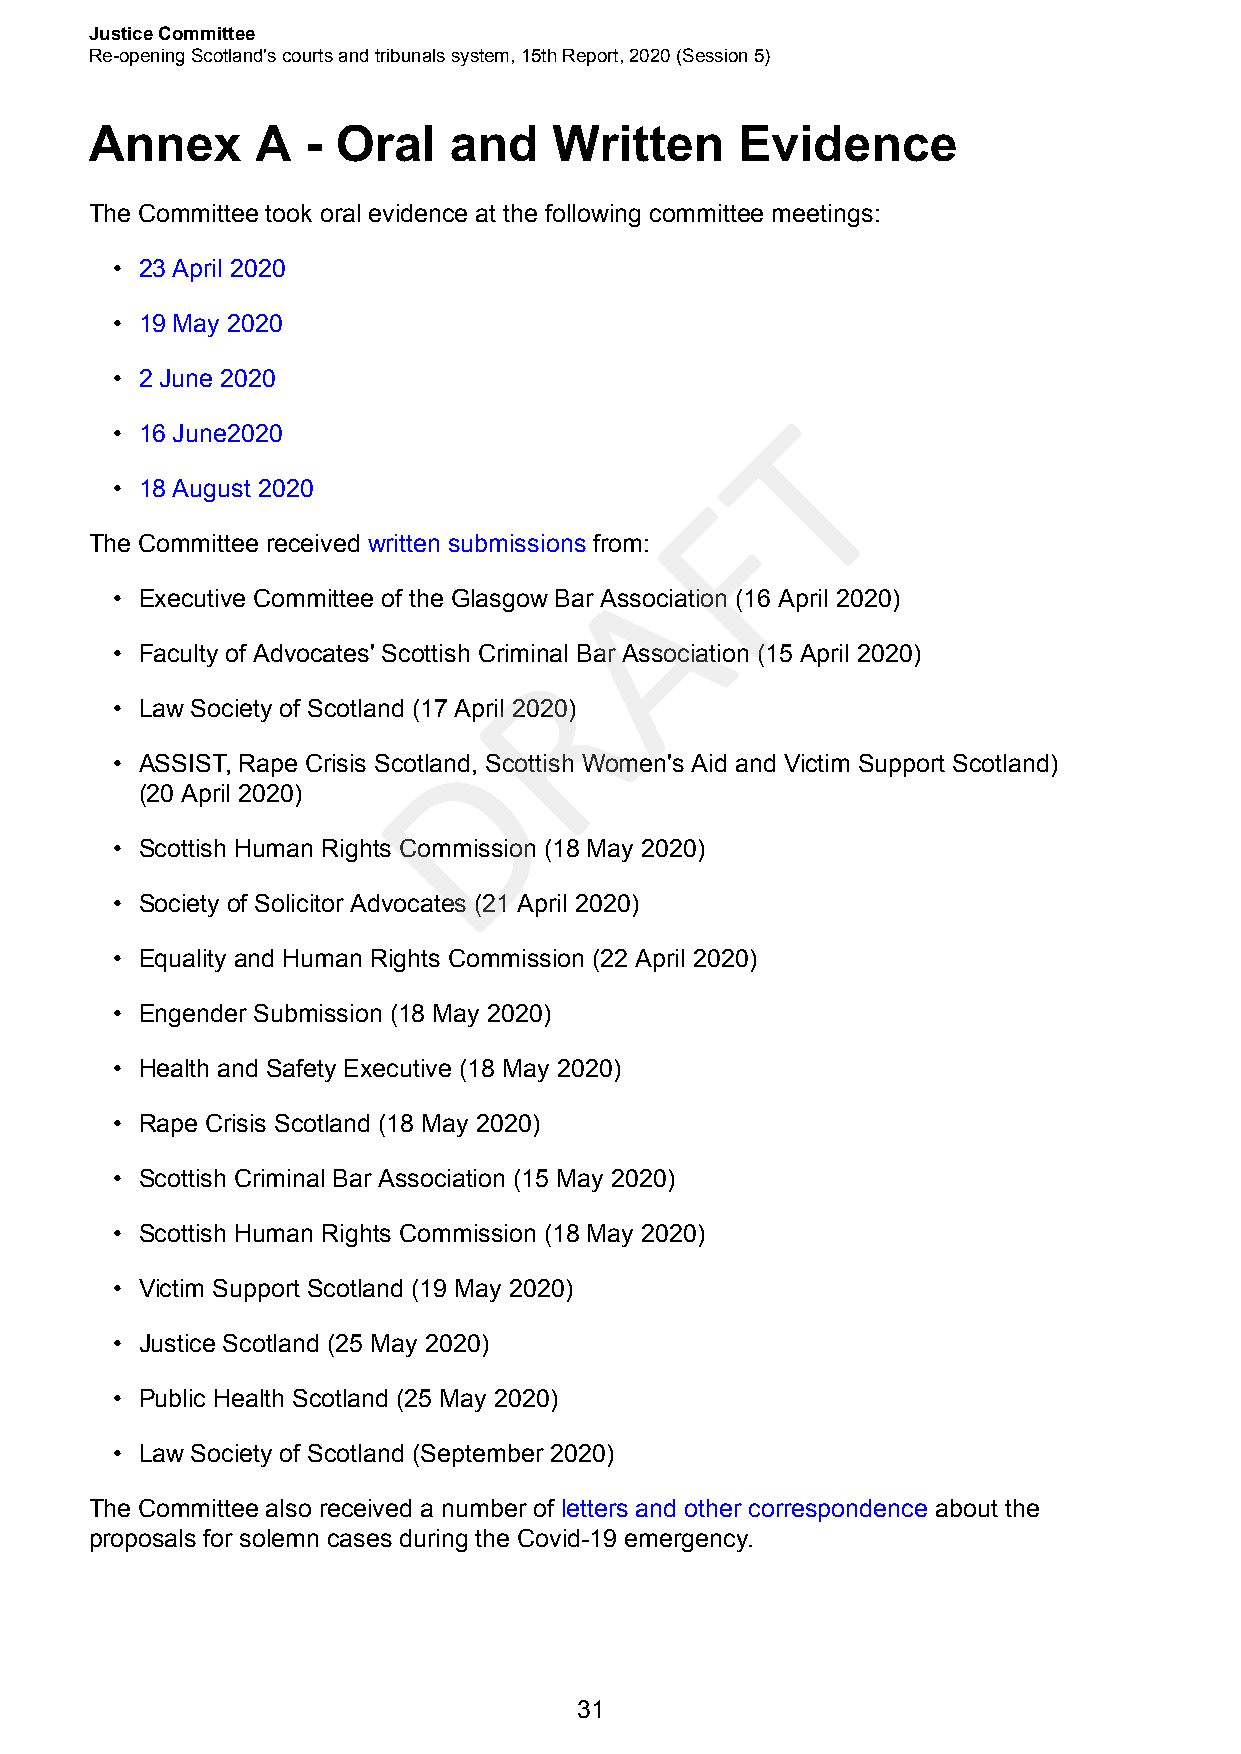
Justice Committee
 Re-opening Scotland's courts and tribunals system, 15th Report, 2020 (Session 5)
 Annex      A  - Oral    and    Written     Evidence
 The Committee took oral evidence at the following committee meetings:
 • 23 April 2020
 • 19 May 2020
 • 2 June 2020
 T
 • 16 June2020
 • 18 August 2020                       F
 The Committee received written submissions from:
 A
 • Executive Committee of the Glasgow Bar Association (16 April 2020)
 • Faculty of Advocates' Scottish CrimiRnal Bar Association (15 April 2020)
 • Law Society of Scotland (17 April 2020)
 D
 • ASSIST, Rape Crisis Scotland, Scottish Women's Aid and Victim Support Scotland)
 (20 April 2020)
 • Scottish Human Rights Commission (18 May 2020)
 • Society of Solicitor Advocates (21 April 2020)
 • Equality and Human Rights Commission (22 April 2020)
 • Engender Submission (18 May 2020)
 • Health and Safety Executive (18 May 2020)
 • Rape Crisis Scotland (18 May 2020)
 • Scottish Criminal Bar Association (15 May 2020)
 • Scottish Human Rights Commission (18 May 2020)
 • Victim Support Scotland (19 May 2020)
 • Justice Scotland (25 May 2020)
 • Public Health Scotland (25 May 2020)
 • Law Society of Scotland (September 2020)
 The Committee also received a number of letters and other correspondence about the
 proposals for solemn cases during the Covid-19 emergency.
 31